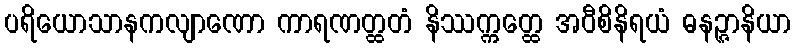
ပရိယောသာနကလျာဏော ကာရဏတ္ထတံ နိဿက္ကတ္ထေ အဝီစိနိရယံ ဓနဉ္ဇာနိယာ